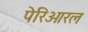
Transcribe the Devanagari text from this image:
पेरिओरल